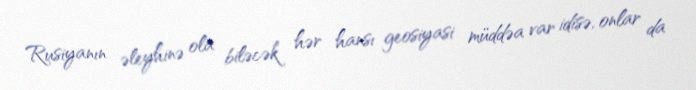
Rusiyanın əleyhinə ola biləcək hər hansı geosiyasi müddəa var idisə, onlar da